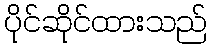
ပိုင်ဆိုင်ထားသည်